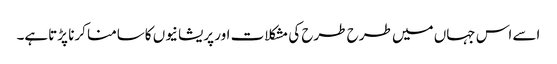
اسے اس جہاں میں طرح طرح کی مشکلات اور پریشانیوں کاسامنا کرنا پڑتاہے۔